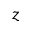
z